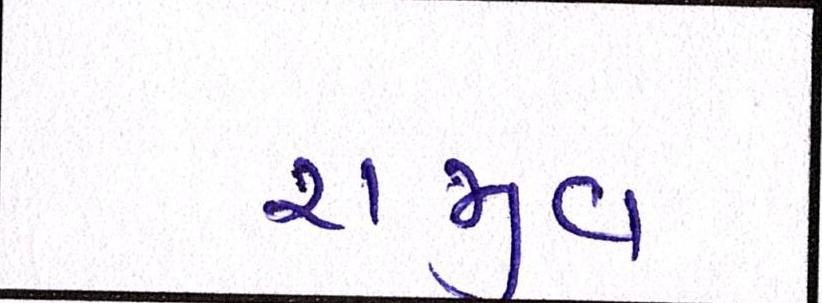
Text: રાજીવ